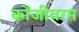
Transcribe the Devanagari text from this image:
कोंजीवरम